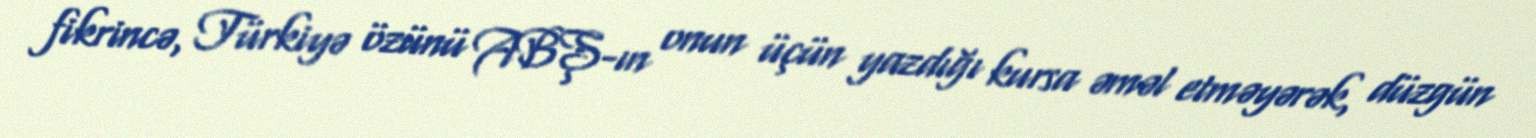
fikrincə, Türkiyə özünü ABŞ-ın onun üçün yazdığı kursa əməl etməyərək, düzgün